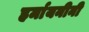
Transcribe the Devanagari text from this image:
हर्मायनीनी